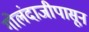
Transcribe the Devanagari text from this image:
गोलंदाजीपासून